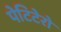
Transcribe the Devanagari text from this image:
पेटिटेरो